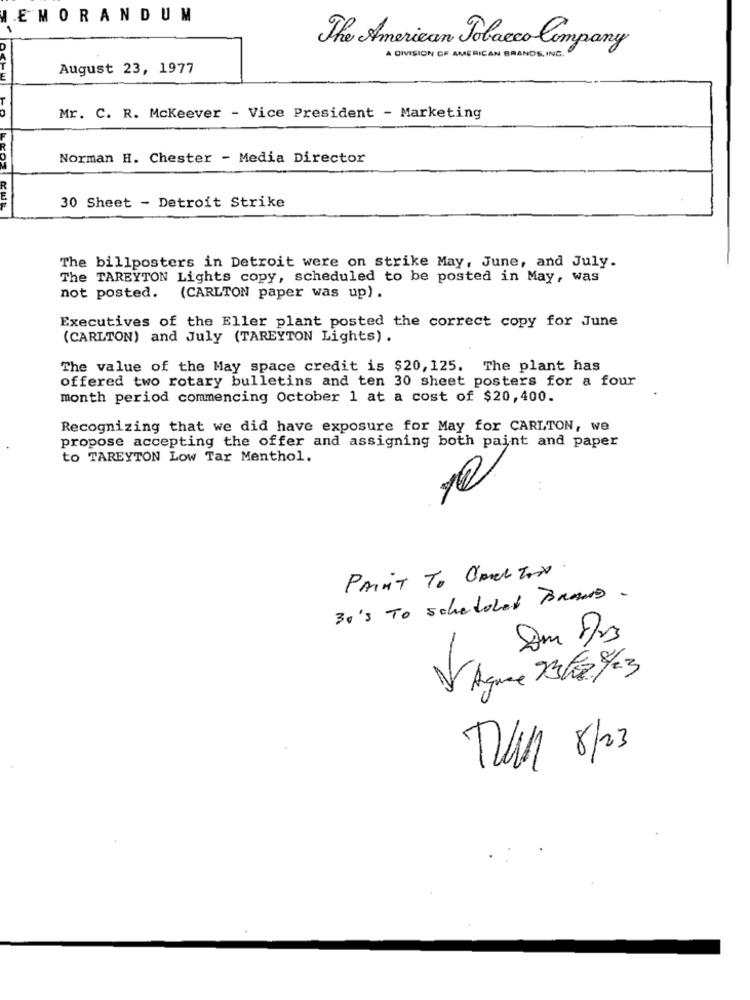
EMORANDUM
The American Tobacco Company
A DIVISION OF AMERICAN BRANDS INC.
August 23, 1977
Mr. C. R. Mckeever - Vice President - Marketing
Norman H. Chester - Media Director
30 Sheet - Detroit Strike
The billposters in Detroit were on strike May, June, and July.
The TAREYTON Lights copy, scheduled to be posted in May, was
not posted. (CARLTON paper was up) .
Executives of the Eller plant posted the correct copy for June
(CARLTON) and July (TAREYTON Lights) .
The value of the May space credit is $20, 125. The plant has
offered two rotary bulletins and ten 30 sheet posters for a four
month period commencing October 1 at a cost of $20,400.
Recognizing that we did have exposure for May for CARLTON, we
propose accepting the offer and assigning both paint and paper
to TAREYTON Low Tar Menthol.
10
PAINT To Omel TON
30's To scheduled ToRans .
V Ague 73 50 9/23
TA 8/23